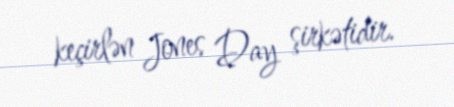
keçirlən Jones Day şirkətidir.